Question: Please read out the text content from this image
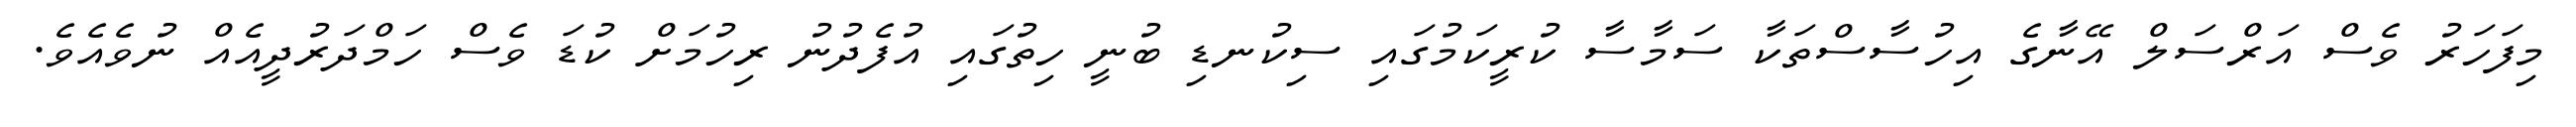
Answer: މިފަހަރު ވެސް އަރްސަލް އޭނާގެ އިހުސާސްތަކާ ސަމާސާ ކުރީކަމުގައި ސިކުނޑި ބުނީ ހިތުގައި އުފެދުނު ރިހުމަށް ކުޑަ ވެސް ހަމްދަރުދީއެއް ނުވެއެވެ.